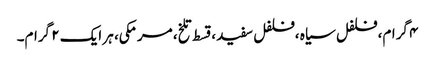
۴ گرام، فلفل سیاہ ،فلفل سفید ،قسط تلخ، مرمکی، ہر ایک ۲ گرام۔